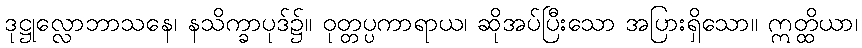
ဒုဋ္ဌုလ္လောဘာသနေ၊ နသိက္ခာပုဒ်၌။ ဝုတ္တပ္ပကာရာယ၊ ဆိုအပ်ပြီးသော အပြားရှိသော။ ဣတ္ထိယာ၊